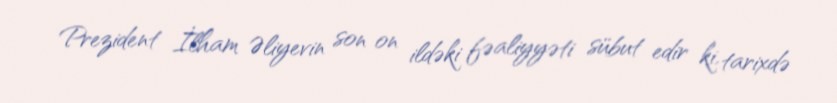
Prezident İlham Əliyevin son on ildəki fəaliyyəti sübut edir ki, tarixdə